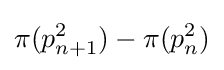
\pi (p_{n+1}^{2})-\pi (p_{n}^{2})